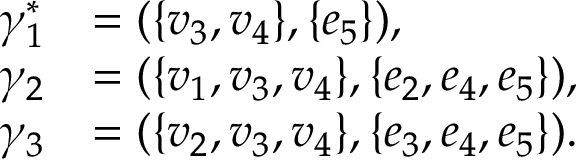
\begin{array} { r l } { \gamma _ { 1 } ^ { \ast } } & { = ( \{ v _ { 3 } , v _ { 4 } \} , \{ e _ { 5 } \} ) , } \\ { \gamma _ { 2 } } & { = ( \{ v _ { 1 } , v _ { 3 } , v _ { 4 } \} , \{ e _ { 2 } , e _ { 4 } , e _ { 5 } \} ) , } \\ { \gamma _ { 3 } } & { = ( \{ v _ { 2 } , v _ { 3 } , v _ { 4 } \} , \{ e _ { 3 } , e _ { 4 } , e _ { 5 } \} ) . } \end{array}